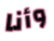
وأنا